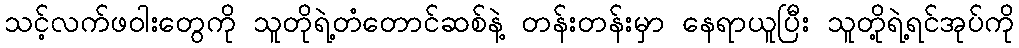
သင့်လက်ဖဝါးတွေကို သူတိုရဲ့တံတောင်ဆစ်နဲ့ တန်းတန်းမှာ နေရာယူပြီး သူတို့ရဲ့ရင်အုပ်ကို